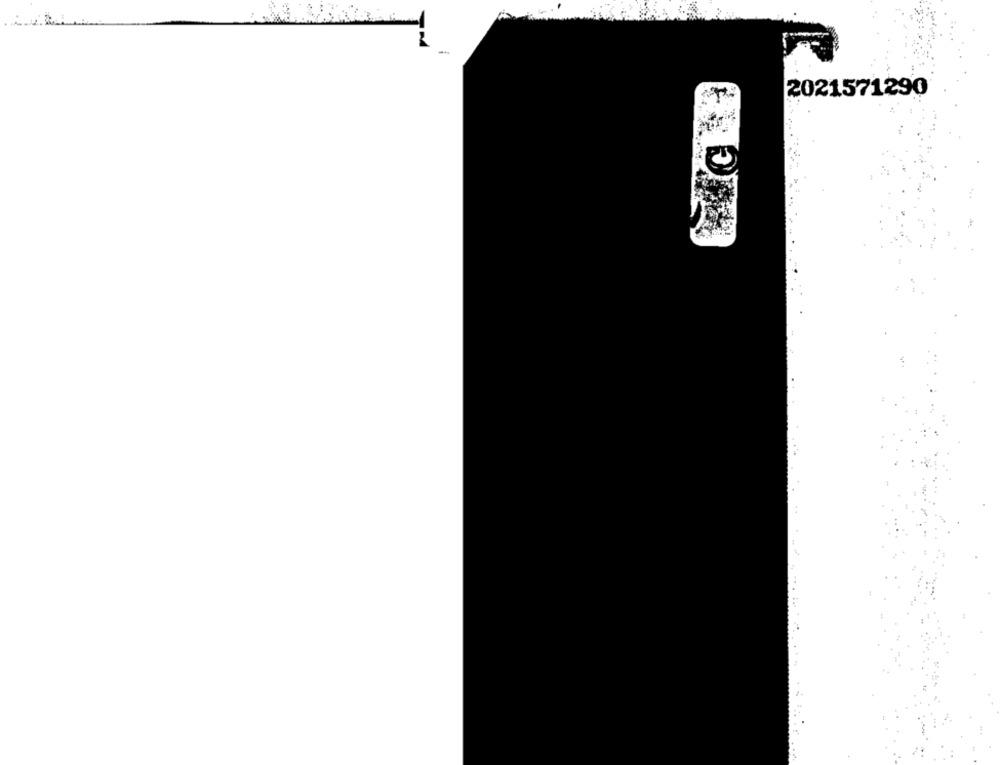
-
2021571290